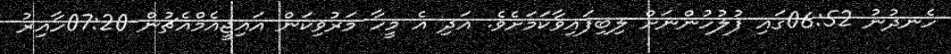
ހެނދުނު 06:52ގައި ފުލުހުންނަށް ލިބިފައިވާކަމަށެވެ. އަދި އެ މީހާ މަރުވިކަން އައިޖީއެމްއެޗުން 07:20ހާއިރު